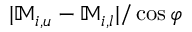
| \mathbb { M } _ { i , u } - \mathbb { M } _ { i , l } | / \cos { \varphi }